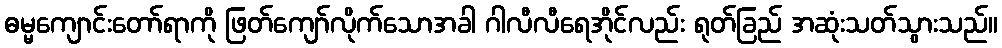
ဓမ္မကျောင်းတော်ရာကို ဖြတ်ကျော်လိုက်သောအခါ ဂါလီလီရေအိုင်လည်း ရုတ်ခြည် အဆုံးသတ်သွားသည်။